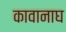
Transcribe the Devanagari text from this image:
कावानाघ